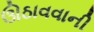
ઊઠાવવાની